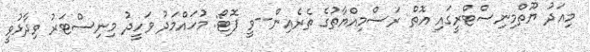
މިއަދު ޔޫތްމިނިސްޓްރީގައި އޮތް ރަސްމިއްޔާތުގެ ތެރެއިން--ވީ ފޮޓޯ: މުހައްމަދު ވަހީދު މިނިސްޓަރު ވިދާޅުވީ